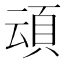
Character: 𮨀